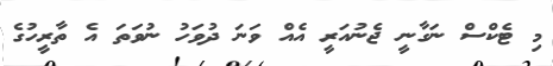
މި ޓެކްސް ނަގާނީ ޖެނުއަރީ އެއް ވަނަ ދުވަހު ނުވަތަ އެ ތާރީހުގެ